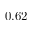
0 . 6 2